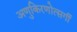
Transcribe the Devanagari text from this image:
अणुकिरणोत्सर्गी